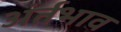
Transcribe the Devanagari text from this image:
अंर्तभाव